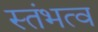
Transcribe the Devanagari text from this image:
स्तंभत्व